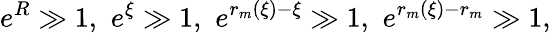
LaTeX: e^{R}\gg 1,\, \, e^{\xi}\gg 1,\, \, e^{r_{m}(\xi)-\xi}\gg 1,\, \, e^{r_{m}(\xi)-r_{m}}\gg 1,